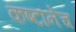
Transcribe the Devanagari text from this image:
कष्टांनेच